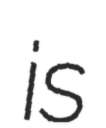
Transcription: is